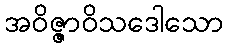
အဝိဇ္ဇာဝိသဒေါသော